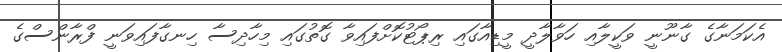
އެކަމަނާގެ ގާނޫނީ ވަކީލާއި ހަވާލާދީ މީޑިއާގައި ރިޕޯޓުކޮށްފައިވާ ގޮތުގައި މިހާދިސާ ހިނގާފައިވަނީ ފްރާންސްގެ